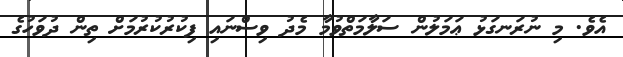
އެވެ. މި ނުރަނގަޅު ޢަމަލުން ސަލާމަތްވުމާ މެދު ވިސްނައި ފިކުރުކުރުމަށް ތިން ދުވަހުގެ